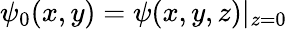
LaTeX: \psi_{0}(x,y)=\psi(x,y,z)|_{z=0}